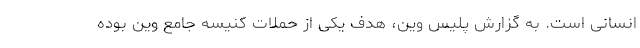
انسانی است. به گزارش پلیس وین، هدف یکی از حملات کنیسه جامع وین بوده